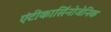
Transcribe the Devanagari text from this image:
एंटीकार्सिनोजेनिक